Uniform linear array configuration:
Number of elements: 12
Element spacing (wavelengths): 1
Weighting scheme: blackman
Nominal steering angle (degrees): -60
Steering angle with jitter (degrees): -58.846
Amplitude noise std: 0.05
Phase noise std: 0.05

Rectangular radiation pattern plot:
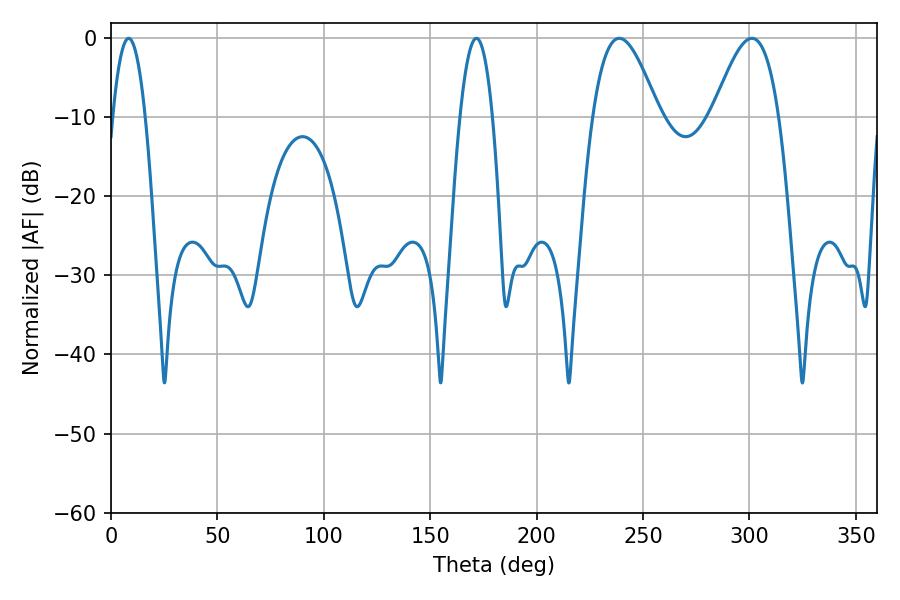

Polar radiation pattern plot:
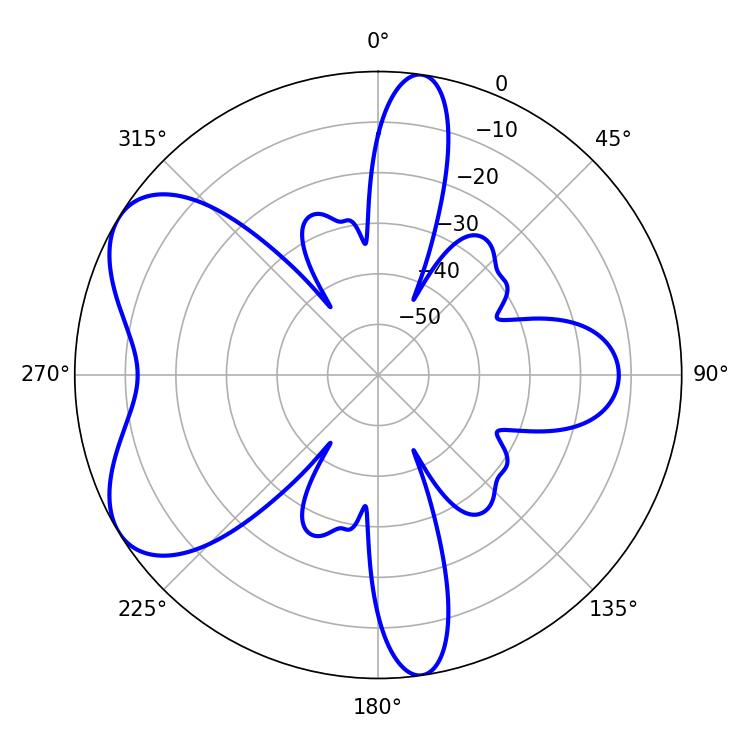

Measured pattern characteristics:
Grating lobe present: TRUE
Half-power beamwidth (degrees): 16.74
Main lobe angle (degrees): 238.86